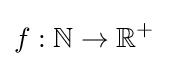
f:\mathbb {N} \rightarrow \mathbb {R} ^{+}